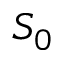
S _ { 0 }